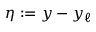
\eta : = y - y _ { \ell }